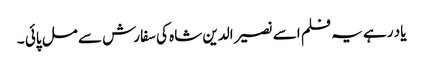
یاد رہے یہ فلم اسے نصیر الدین شاہ کی سفارش سے مل پائی ۔